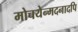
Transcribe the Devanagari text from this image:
मोचयेन्मदनादपि